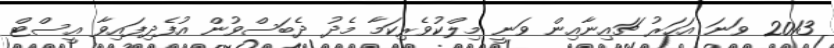
2013 ވަނަ އަހަރު ޗައިނާއިން ވަނީ މިލްކުވެރިކަމާ މެދު ދެބަސްވުން އުފެދިފައިވާ އީސްޓް